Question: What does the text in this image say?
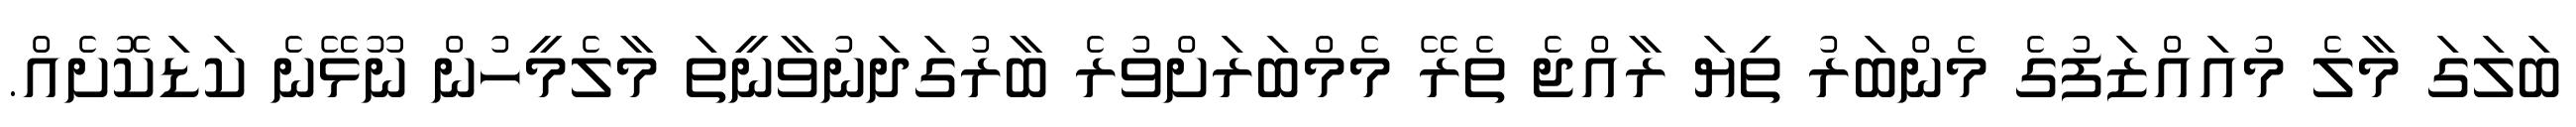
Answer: ބަލަގަ މާލެ މުއައްޒަފުގެ މެންބަރު ތިޔަ ރާއްޖެ ތެރޭ މެމްބަރަށްވުރެ ބާރުގަދަނުވާނީތަ މާލެމީހުން ނޫޅޭނެ ކަޑަކޮށެއް.